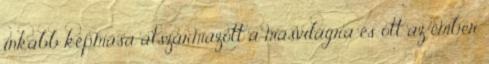
inkább képmása átszármazott a másvilágra és ott az ember